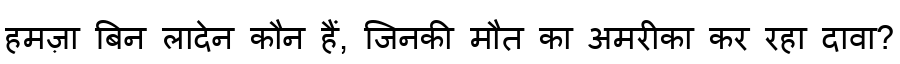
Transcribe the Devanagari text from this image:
हमज़ा बिन लादेन कौन हैं, जिनकी मौत का अमरीका कर रहा दावा?